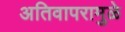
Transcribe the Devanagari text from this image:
अतिवापरामुळे